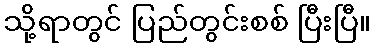
သို့ရာတွင် ပြည်တွင်းစစ် ပြီးပြီ။